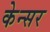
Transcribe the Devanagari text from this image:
केन्सर